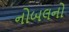
નોબલનો